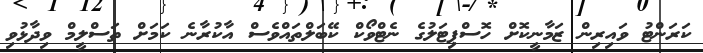
ކަރަންޓު ވައިރިން ޒަމާނީކޮށް ހޮސްޕިޓަލުގެ ނެޓްވޯކް ކޭބަލްތައްވެސް އާކުރާނެ ކަމަށް ތަސްލީމް ވިދާޅުވި